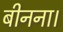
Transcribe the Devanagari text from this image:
बीनना।